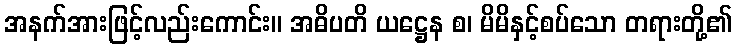
အနက်အားဖြင့်လည်းကောင်း။ အဓိပတိ ယဋ္ဌေန စ၊ မိမိနှင့်စပ်သော တရားတို့၏